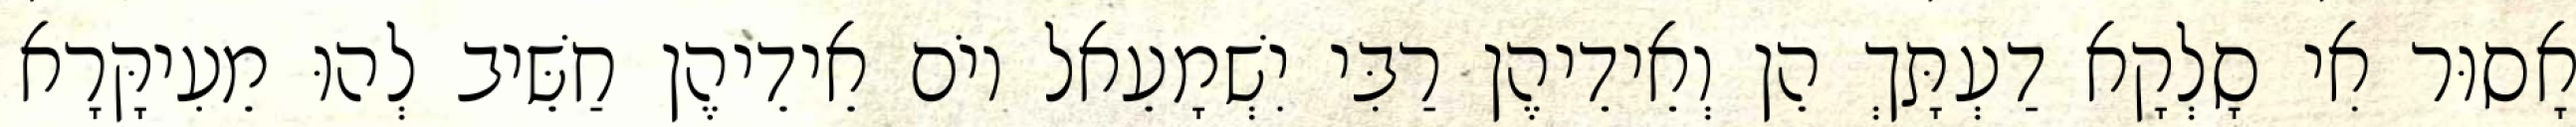
אָסוּר אִי סָלְקָא דַעְתָּךְ הֵן וְאֵידֵיהֶן רַבִּי יִשְׁמָעֵאל יוֹם אֵידֵיהֶן חַשֵּׁיב לְהוּ מֵעִיקָּרָא